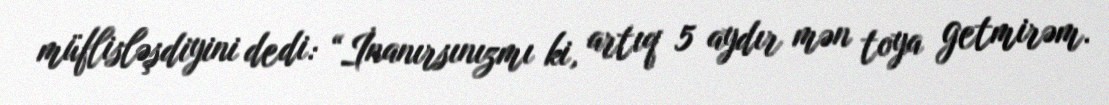
müflisləşdiyini dedi: “İnanırsınızmı ki, artıq 5 aydır mən toya getmirəm.